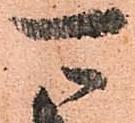
可